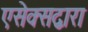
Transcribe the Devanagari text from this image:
एसेक्सद्वारा